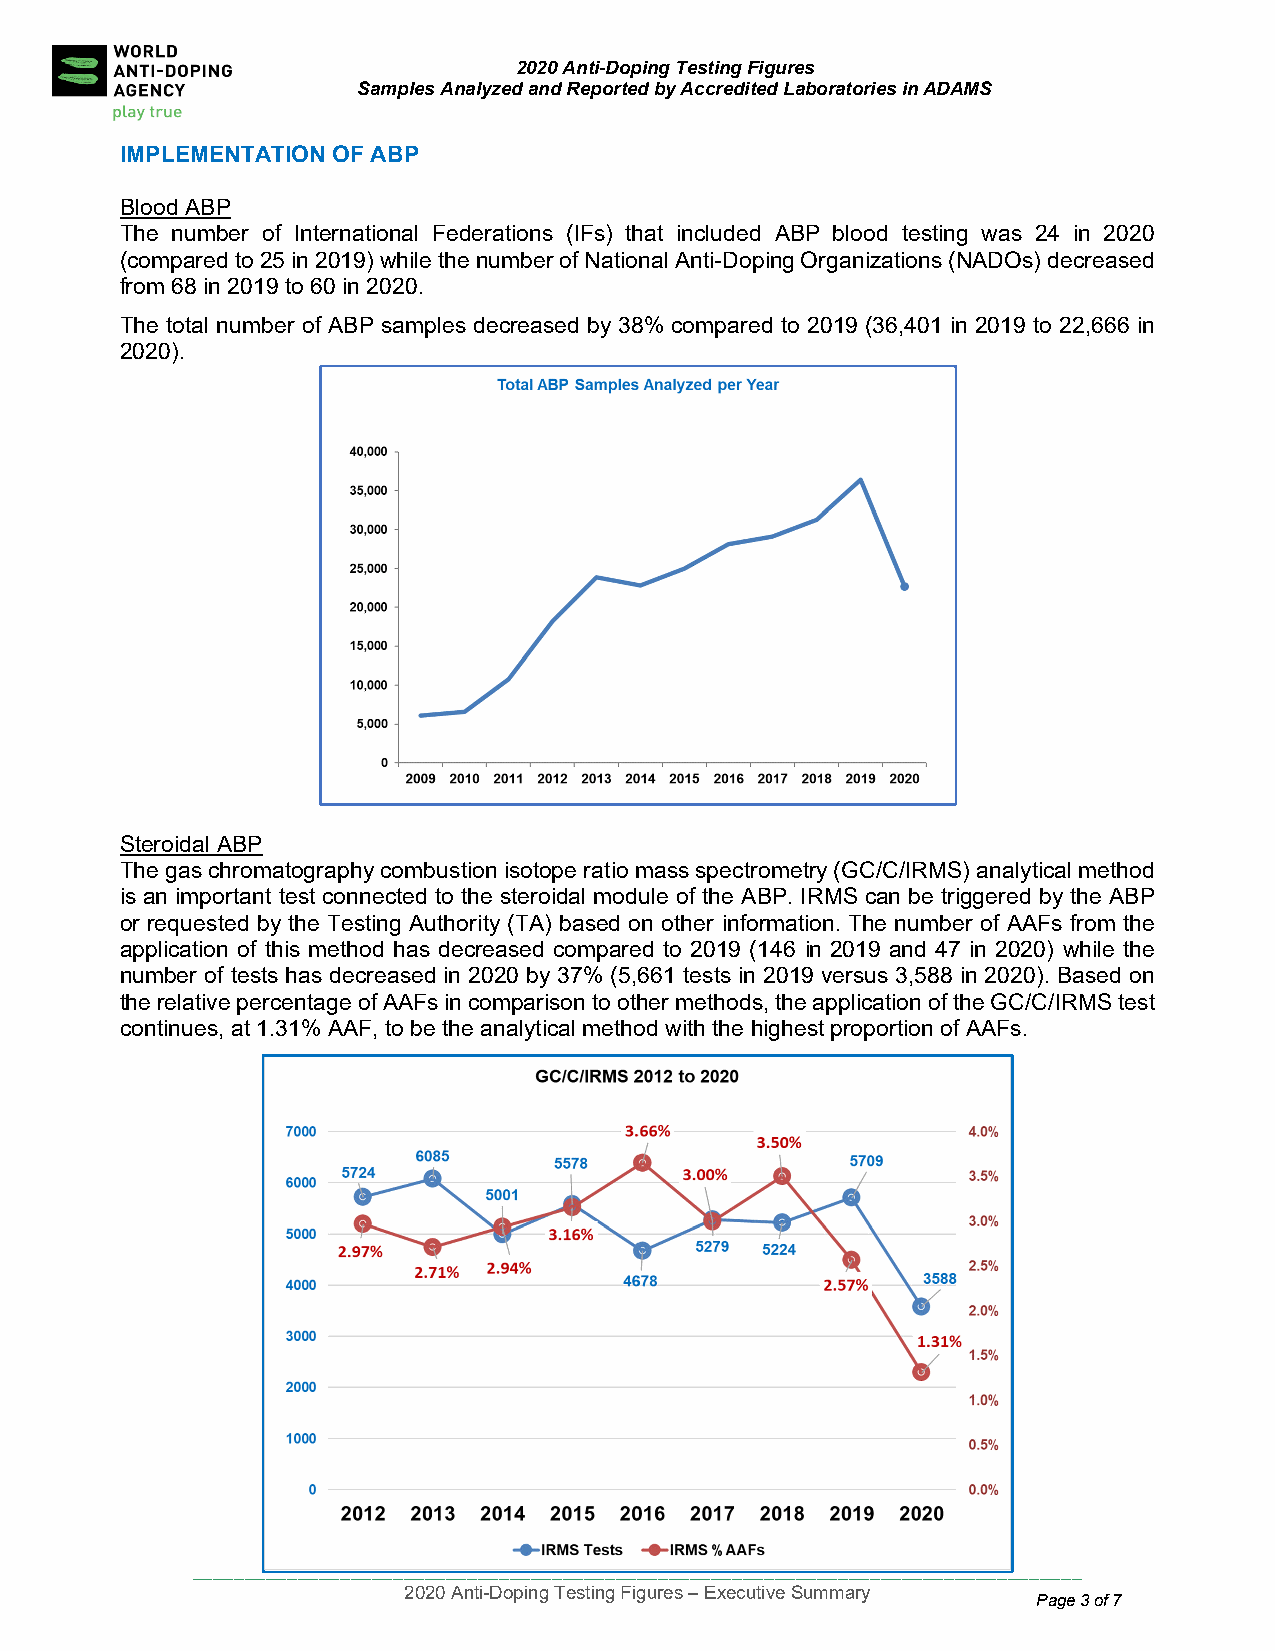
2020 Anti-Doping Testing Figures
 Samples Analyzed and Reported by Accredited Laboratories in ADAMS
 IMPLEMENTATION OF ABP
 Blood A BP
 The nu mber of International Federations (IFs) that included ABP blood testing was 24 in 2020
 (compa red to 25 in 2019) while the number of National Anti-Doping Organizations (NADOs) decreased
 from 68 in 2019 to 60 in 2020.
 The total number of ABP samples decreased by 38% compared to 2019 (36,401 in 2019 to 22,666 in
 2020).
 Steroid al ABP
 The ga s chromatography combustion isotope ratio mass spectrometry (GC/C/IRMS) analytical method
 is an im portant test connected to the steroidal module of the ABP. IRMS can be triggered by the ABP
 or requ ested by the Testing Authority (TA) based on other information. The number of AAFs from the
 applica tion of this method has decreased compared to 2019 (146 in 2019 and 47 in 2020) while the
 number of tests has decreased in 2020 by 37% (5,661 tests in 2019 versus 3,588 in 2020). Based on
 the relative percentage of AAFs in comparison to other methods, the application of the GC/C/IRMS test
 continues, at 1.31% AAF, to be the analytical method with the highest proportion of AAFs.
 ____________________________________________________________________________________
 2020 Anti-Doping Testing Figures – Executive Summary
 Page 3 of 7